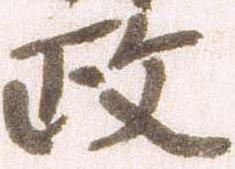
政